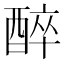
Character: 醉